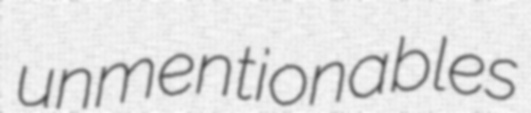
unmentionables